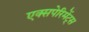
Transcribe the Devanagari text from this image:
एक्सपेरिमेंट्स